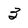
Character: 3